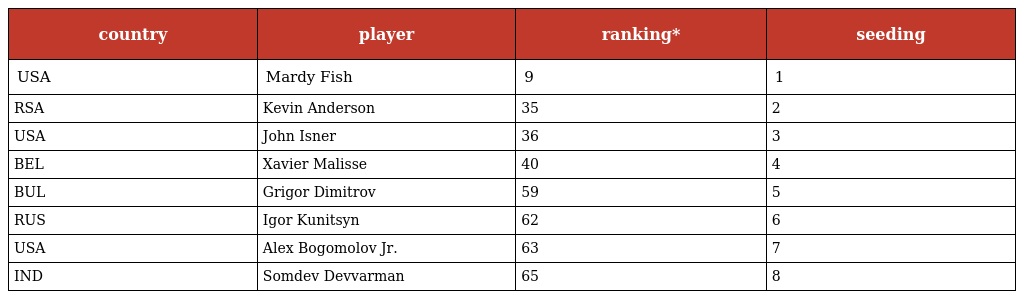
| country | player | ranking* | seeding |
 | --- | --- | --- | --- |
 | USA | Mardy Fish | 9 | 1 |
 | RSA | Kevin Anderson | 35 | 2 |
 | USA | John Isner | 36 | 3 |
 | BEL | Xavier Malisse | 40 | 4 |
 | BUL | Grigor Dimitrov | 59 | 5 |
 | RUS | Igor Kunitsyn | 62 | 6 |
 | USA | Alex Bogomolov Jr. | 63 | 7 |
 | IND | Somdev Devvarman | 65 | 8 |